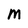
Character: M